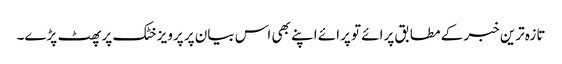
تازہ ترین خبر کے مطابق پرائے تو پرائے اپنے بھی اس بیان پر پرویز خٹک پر پھٹ پڑے۔